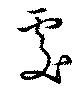
處